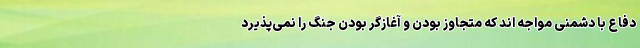
دفاع با دشمنی مواجه اند که متجاوز بودن و آغازگر بودن جنگ را نمی‌پذیرد